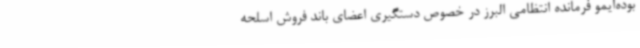
بوده‌ایمو فرمانده انتظامی البرز در خصوص دستگیری اعضای باند فروش اسلحه